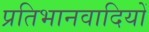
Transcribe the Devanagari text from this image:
प्रतिभानवादियों